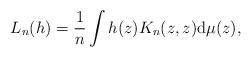
LaTeX: \begin{align*}L_n(h)= \frac1n \int h(z) K_n(z,z) {\rm d} \mu(z),\end{align*}